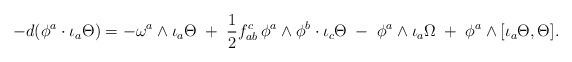
LaTeX: \begin{align*} -d(\phi ^a\cdot \iota _a\Theta ) = -\omega ^a\wedge \iota _a\Theta \;+\;\frac 12f^c_{ab}\,\phi ^a\wedge \phi ^b\cdot \iota _c\Theta \;-\;\phi ^a\wedge \iota _a\Omega \;+\; \phi ^a\wedge [\iota _a\Theta , \Theta ]. \end{align*}